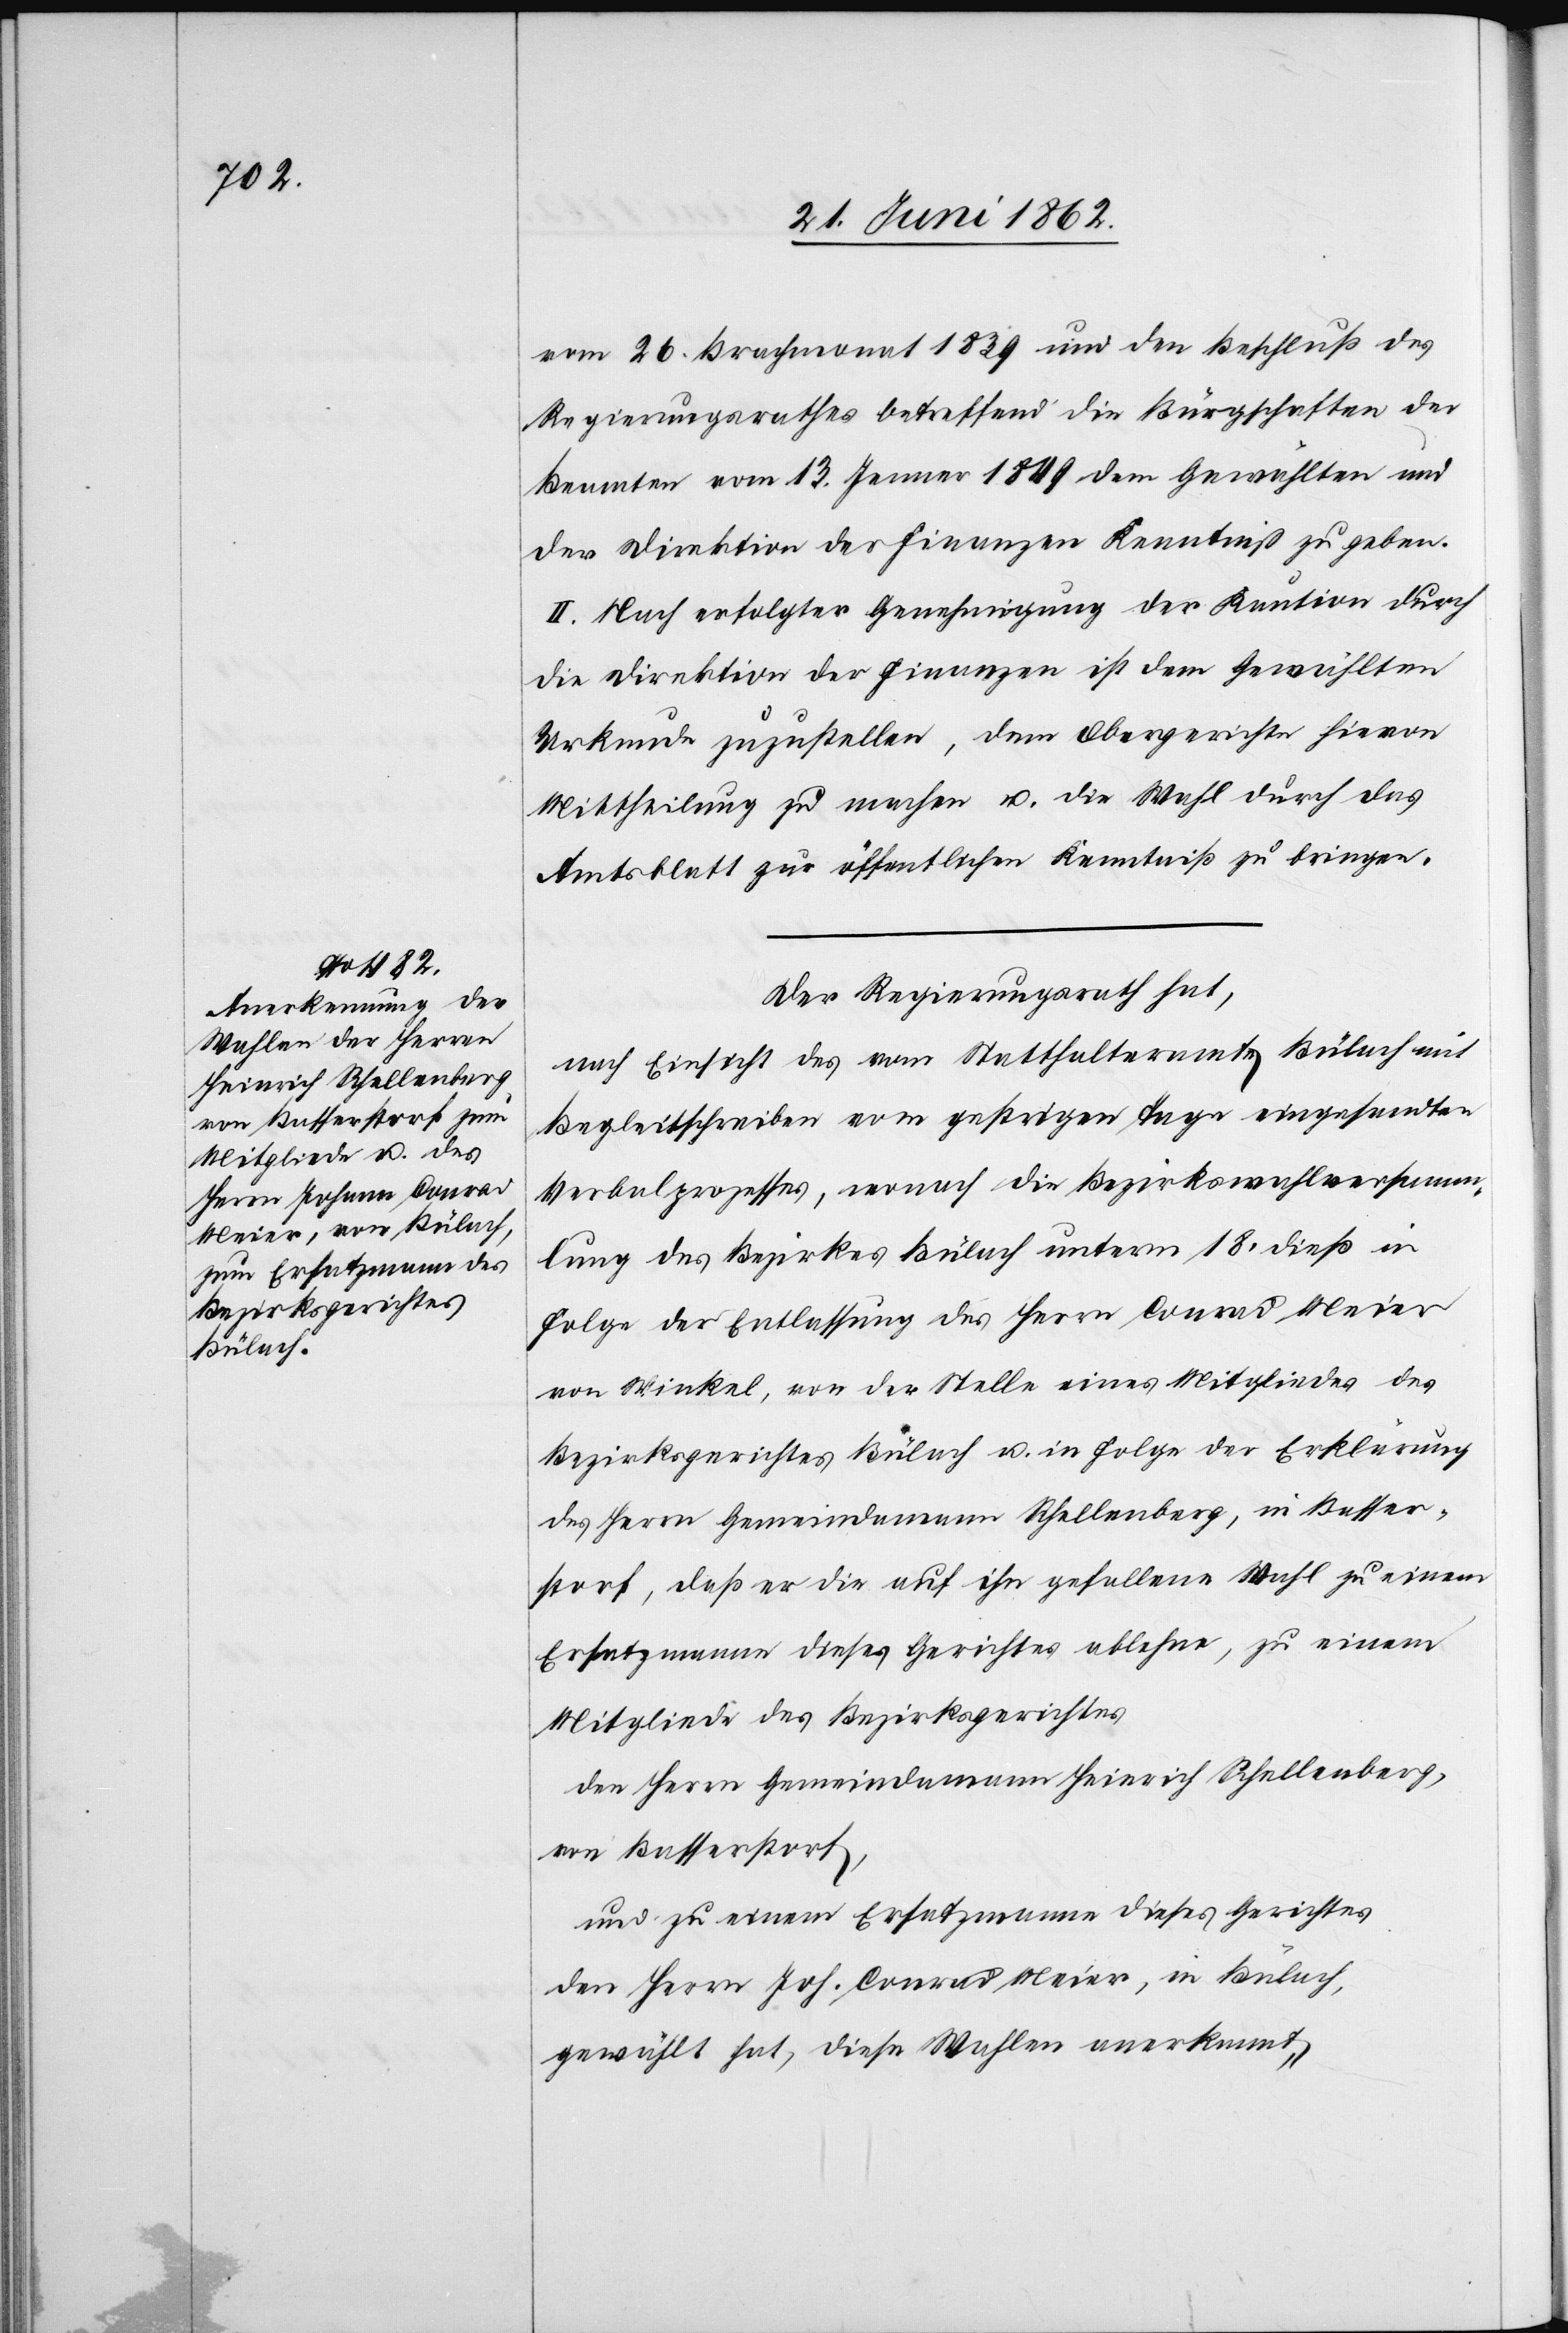
vom 26. Brachmonat 1839 und den Beschluß des
Regierungsrathes betreffend die Bürgschaften der
Beamten vom 13. Jenner 1849 dem Gewählten und
der Direktion der Finanzen Kenntniß zu geben.
II. Nach erfolgter Genehmigung der Kaution durch
die Direktion der Finanzen ist dem Gewählten
Urkunde zuzustellen, dem Obergerichte hievon
Mittheilung zu machen u. die Wahl durch das
Amtsblatt zur öffentlichen Kenntniß zu bringen.
Der Regierungsrath hat,
nach Einsicht des vom Statthalteramt Bülach mit
Begleitschreiben vom gestrigen Tage eingesandten
Verbalprozesses, wonach die Bezirkswahlversamm¬
lung des Bezirkes Bülach unterm 18. dieß in
Folge der Entlassung des Herrn Conrad Meier
von Winkel, von der Stelle eines Mitgliedes des
Bezirksgerichtes Bülach u. in Folge der Erklärung
des Herrn Gemeindamannn Schellenberg, in Basser¬
storf, daß er die auf ihn gefallene Wahl zu einem
Ersatzmann dieses Gerichtes ablehne, zu einem
Mitgliede des Bezirksgerichtes
den Herrn Gemeindammann Heinrich Schellenberg,
von Basserstorf,
und zu einem Ersatzmann dieses Gerichtes
den Herrn Joh. Conrad Meier, in Bülach,
gewählt hat, diese Wahlen anerkannt,